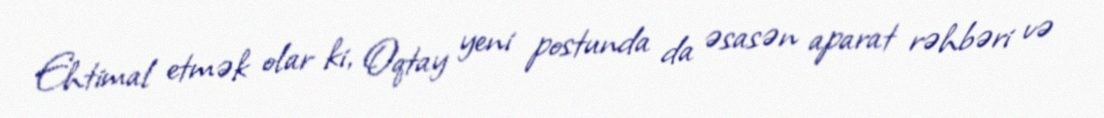
Ehtimal etmək olar ki, Oqtay yeni postunda da əsasən aparat rəhbəri və